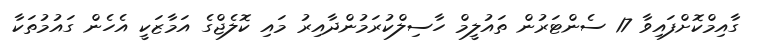
ގާއިމްކޮށްފައިވާ 17 ސެންޓަރުން ތައުލީމް ހާސިލްކުރަމުންދާއިރު މައި ކޮލެޖްގެ އަމާޒަކީ އެހެން ގައުމުތަކާ